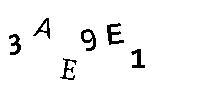
3AE9E1